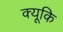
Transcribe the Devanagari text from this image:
क्यूकि